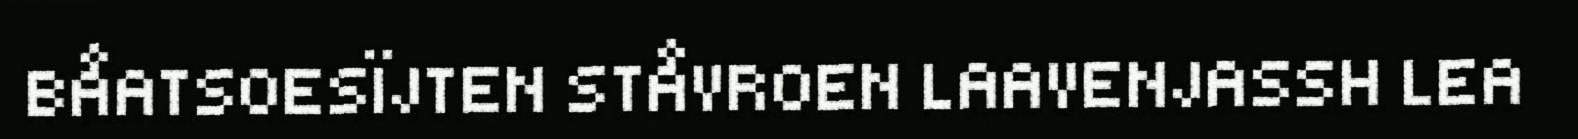
BÅATSOESÏJTEN STÅVROEN LAAVENJASSH LEA